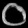
Digit: ၀